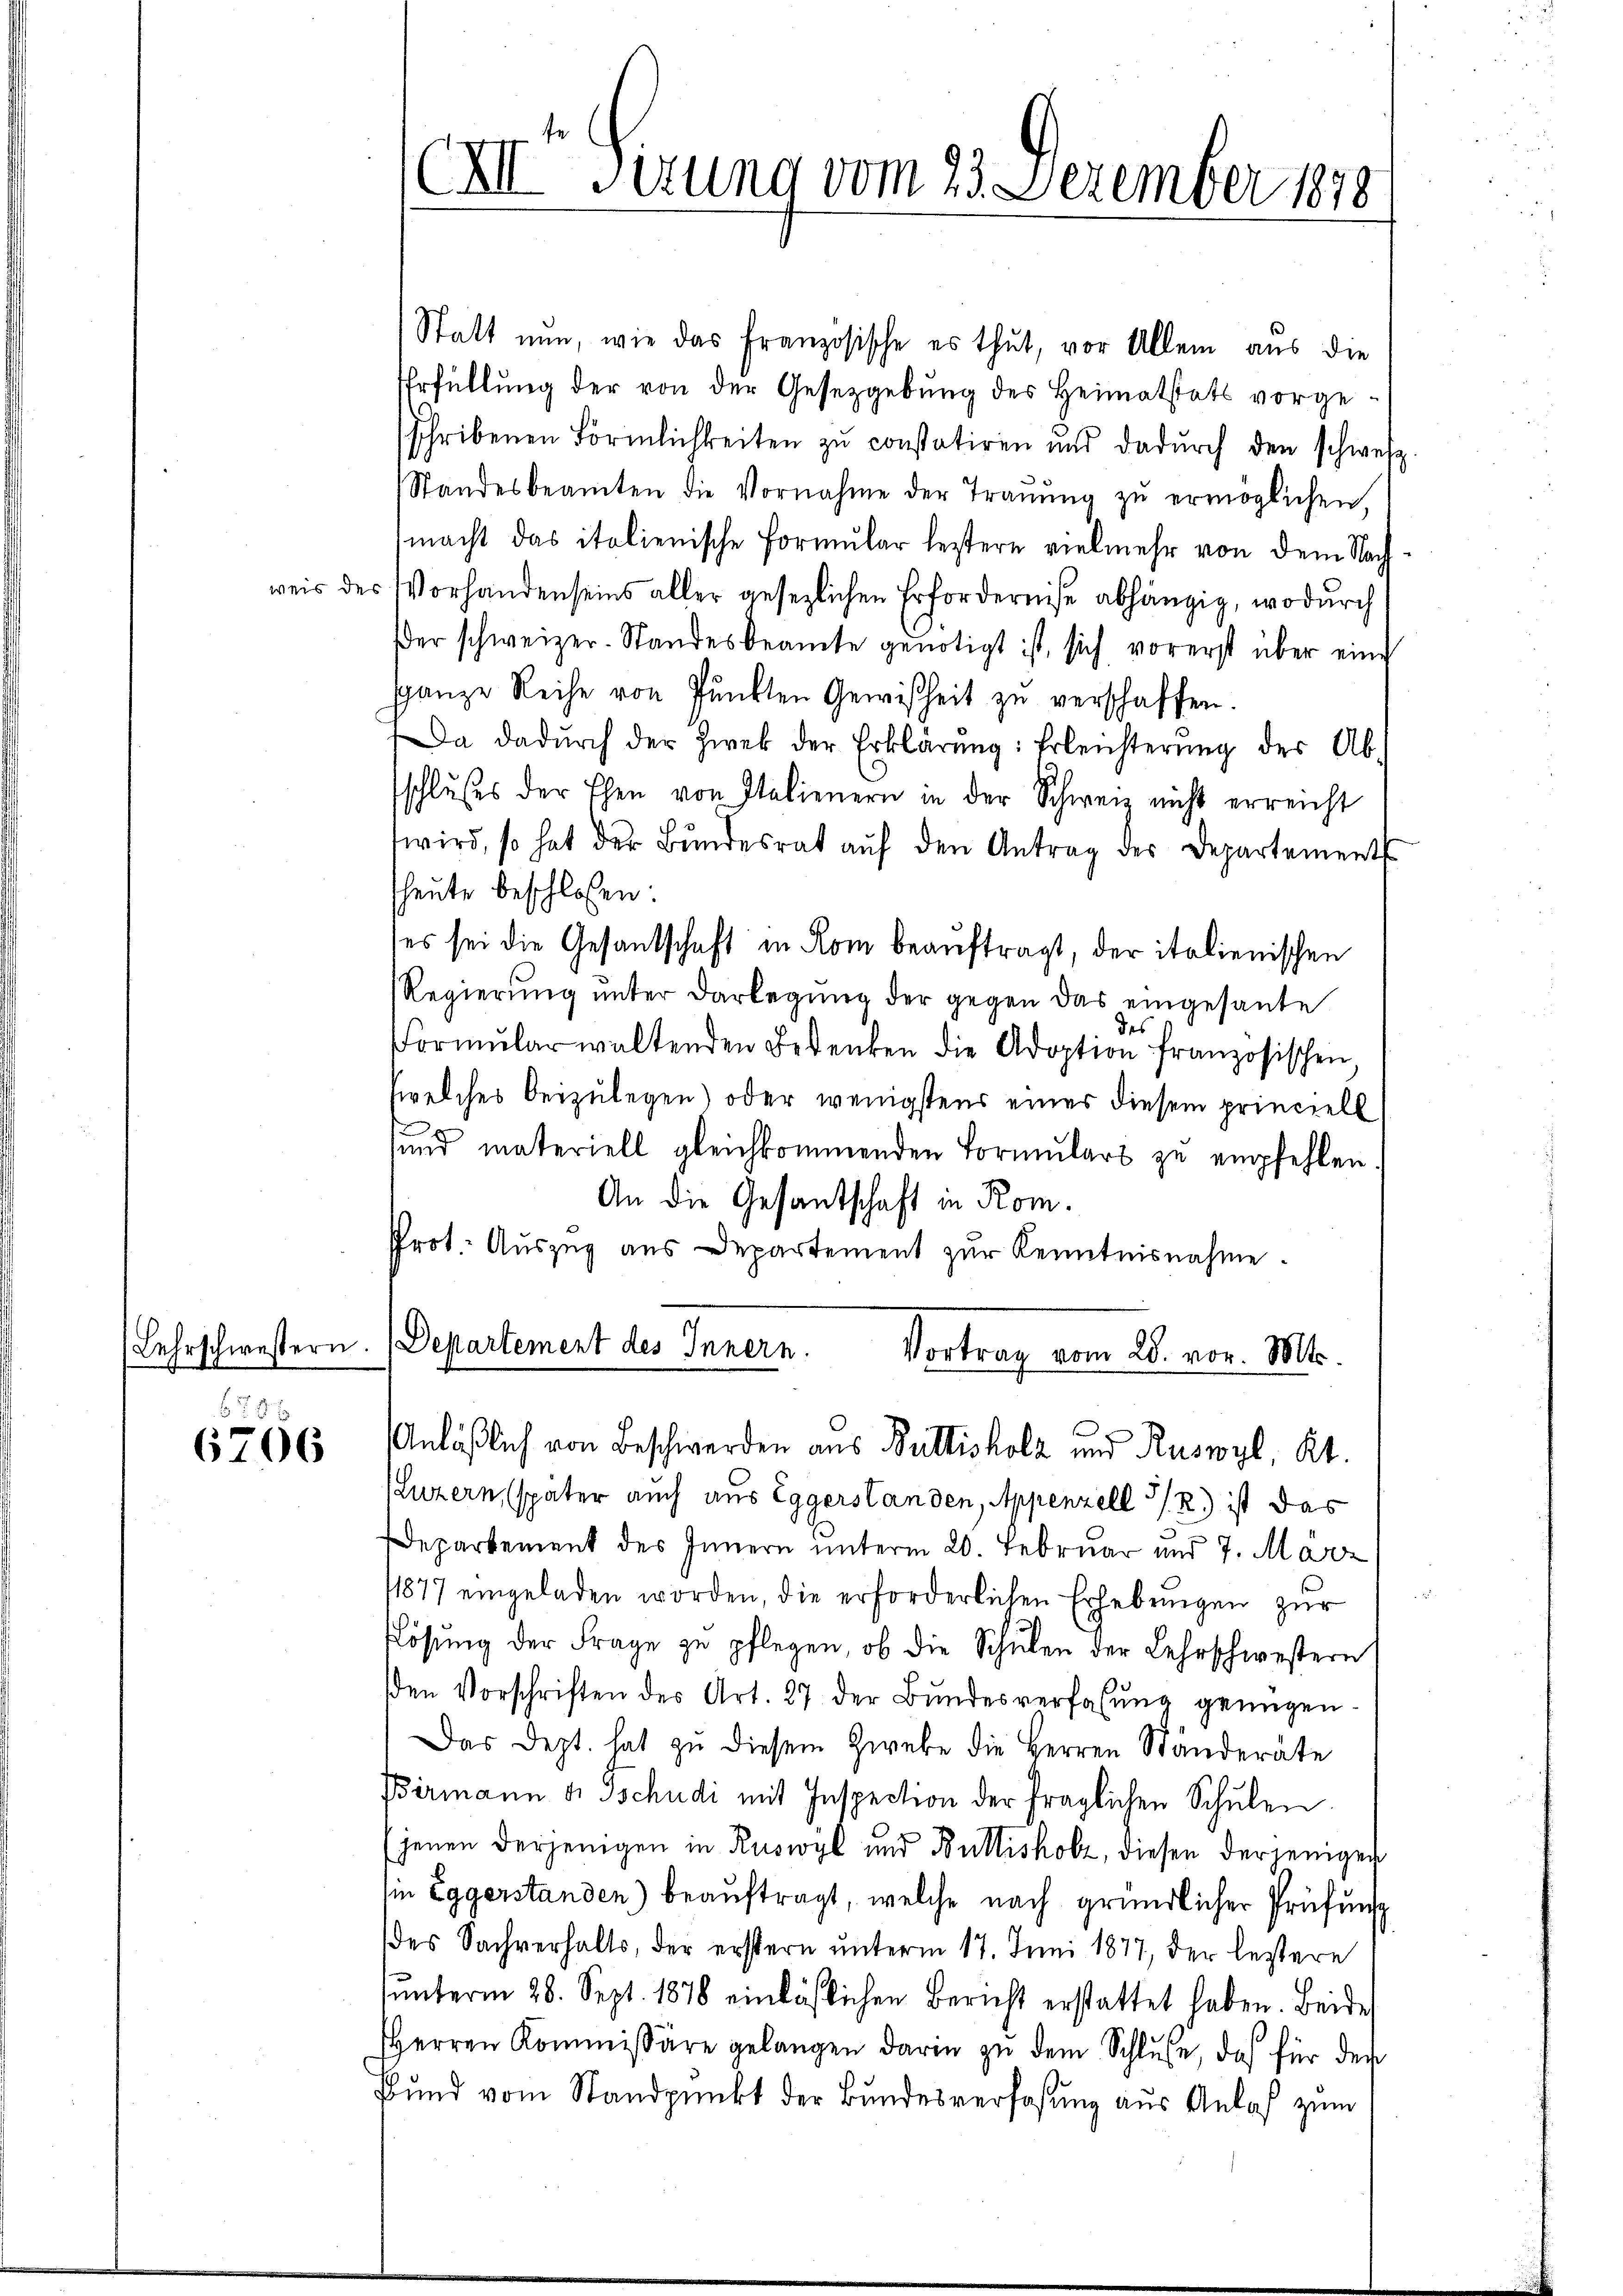
624 x
6706

Statt nun, wie das Französische es thut, vor Allem aus die
Erfüllung der von der Gesetzgebung des Heimatstets vorgeschribenen Förmlichkeiten zu constatiren und dadurch den schweiz.
Standesbeamten die Vornahme der Traŭŭng zŭ ermöglichen,
macht das italienische Formŭlar leztere vielmehr von dem Nach
weis des Vorhandenseins aller gesezlichen Erforderniße abhängig, wodurch
er schweizer. Standesbeamte genötigt ist, sich vorerst über eine
ganze Reihe von Pŭnkten Gewißheit zŭ verschaffen.
Da dadŭrch der zwek der Erklärŭng: Erleichterŭng der Ab-
schlußes der Ehen von Italienern in der Schweiz nicht erreicht
wird, so hat der Bŭndesrat aŭf den Antrag des Departements
heute beschlossen:
ses sei die Gesandschaft in Rom beauftragt, der italienischen
Regierung unter Darlegung der gegen das eingesante
des
Formŭlar waltenden Bedenken die Adoption französischen
welches beizulegen) oder wenigstens eines diesem princiell
.
sund materiell gleichkommenden Formulars zu empfehlen
An die Gesantschaft in Rom.
Prot. Auszug aus Departement zur Kenntnisnahme.
Lehrschwestern. (Departement des Innern.
Vortrag vom 28. von. 1811.

XII Sirung vom 23. Dezember 1878

Anläßlich von Beschwerden aus Ballisholz und Ruswyl, Kt.

(Luzern später auch aus Eggerstanden, Appenzell I/R.) ist das
Departement des Innern unterm 20. Februar und 7. März
1877 eingeladen worden, die erforderlichen Erhebŭngen zŭr
Lösŭng der Frage zu pflegen, ob die Schŭlen der Lehrschwestern
den Vorschriften der Art. 27 der Bŭndesverfassŭng genügen.
Das Dept. hat zŭ diesem Zwebe die Herren Ständerate
Bermann u. Tschudi mit Inspection der fraglichen Schulen
(jenen derjenigen in Ruswyl und Bullisholz, diesen derjeniger
iin Eggerstanden) beauftragt, welche nach gründlicher Prüfung
(des Sachverhalts, der erstern ŭnterm 17. Juni 1877, der leztere
unterm 28. Sept. 1878 einläßlichen Bericht erstattet haben. Beide
Herren Kommissäre gelangen darin zu dem Schluße, daß für der
Bund vom Standpunkt der Bundesverfaßung aus Anlaß zum